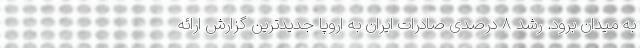
به میدان برود. رشد ۸ درصدی صادرات ایران به اروپا جدیدترین گزارش ارائه